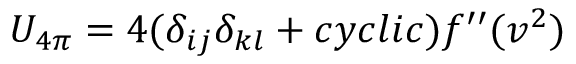
U _ { 4 \pi } = 4 ( \delta _ { i j } \delta _ { k l } + c y c l i c ) f ^ { \prime \prime } ( v ^ { 2 } )